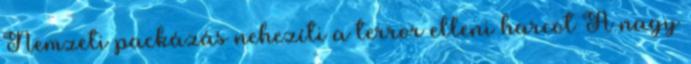
Nemzeti packázás nehezíti a terror elleni harcot A nagy